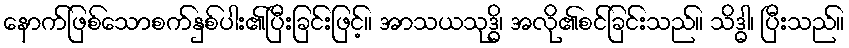
နောက်ဖြစ်သောစက်နှစ်ပါး၏ပြီးခြင်းဖြင့်။ အာသယသုဒ္ဓိ၊ အလို၏စင်ခြင်းသည်။ သိဒ္ဓါ၊ ပြီးသည်။